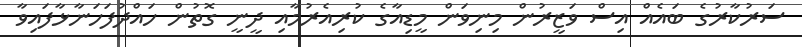
ސަރުކާރުގެ ބައެއް އިސް ވަޒީރުން މިނިވަން މީޑިއާގެ ކުރިއެރުމާއި ދީނީ ގޮތުން ހައްދުފަހަނާޅާފައިވާ